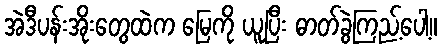
အဲဒီပန်းအိုးတွေထဲက မြေကို ယူပြီး ဓာတ်ခွဲကြည့်ပေါ့။